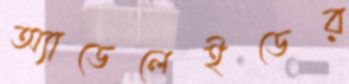
অ্যাডেলেইডের